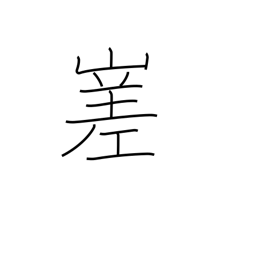
Meaning: irregular